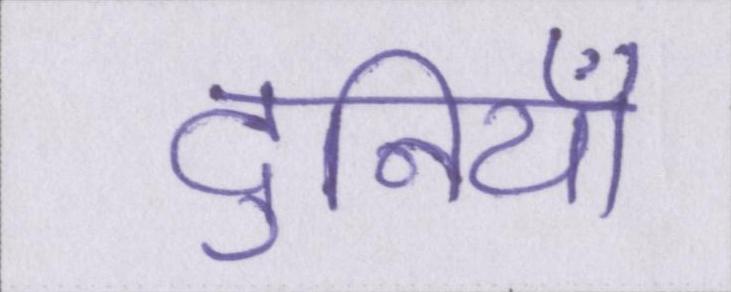
दुनियाँ